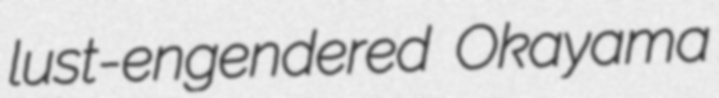
lust-engendered Okayama